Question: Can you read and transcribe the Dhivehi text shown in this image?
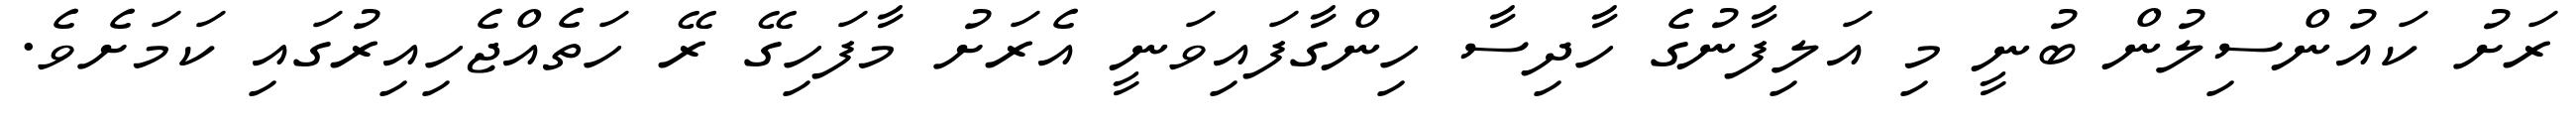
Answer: ރަށު ކައުންސިލުން ބުނީ މި އަލިފާނުގެ ހާދިސާ ހިންގާފައިވަނީ އެރަށު މާފަހިގޭ ރޭ ހަތެއްޖެހިއިރުގައި ކަމަށެވެ.